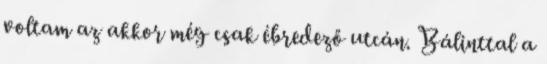
voltam az akkor még csak ébredező utcán. Bálinttal a